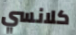
كلانسي